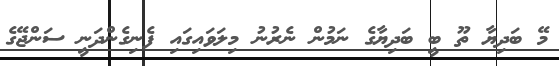
މޭ ބަދިޔާ ތޫ ބީ ބަދިޔާގެ ނަމުން ނެރުނު މިލަވައިގައި ފެނިގެންދަނީ ސަންޖޭގެ